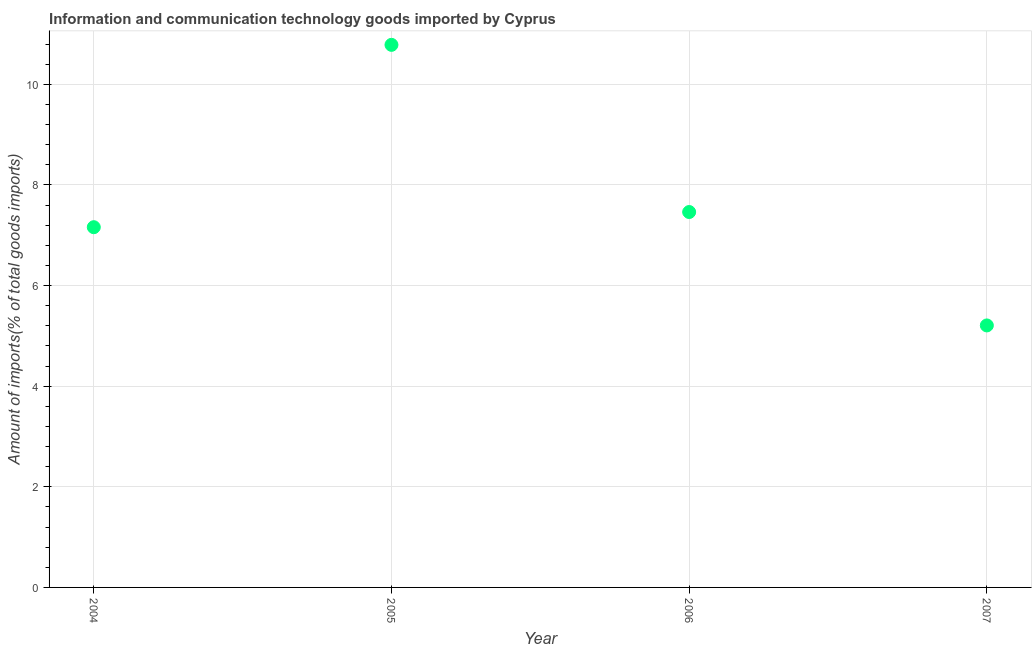
| Year | ICT goods imports |
 | --- | --- |
 | 2004 | 7.16 |
 | 2005 | 10.8 |
 | 2006 | 7.46 |
 | 2007 | 5.21 |